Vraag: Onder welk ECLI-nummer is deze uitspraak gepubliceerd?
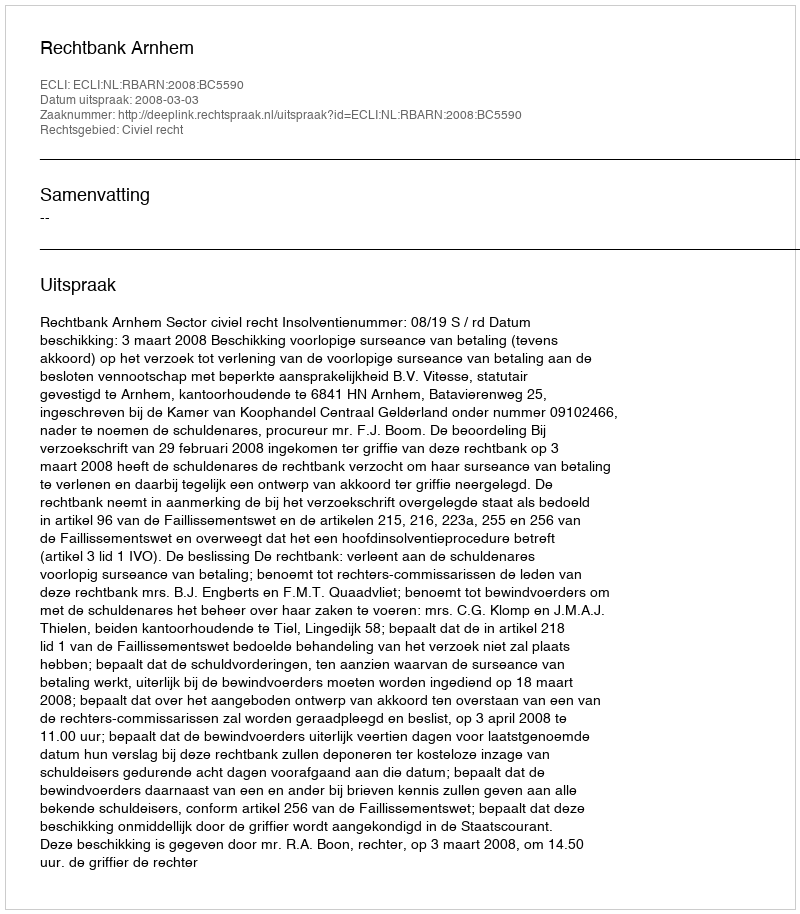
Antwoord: ECLI:NL:RBARN:2008:BC5590